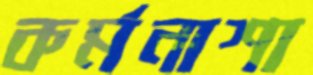
কর্মনাশা